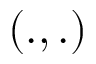
\left( . , . \right)